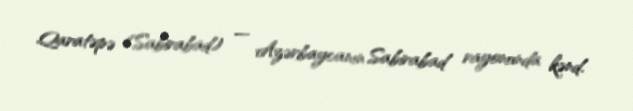
Qaratəpə (Sabirabad) — Azərbaycanın Sabirabad rayonunda kənd.